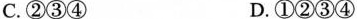
C.②③④ D.①②③